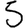
Digit: 5